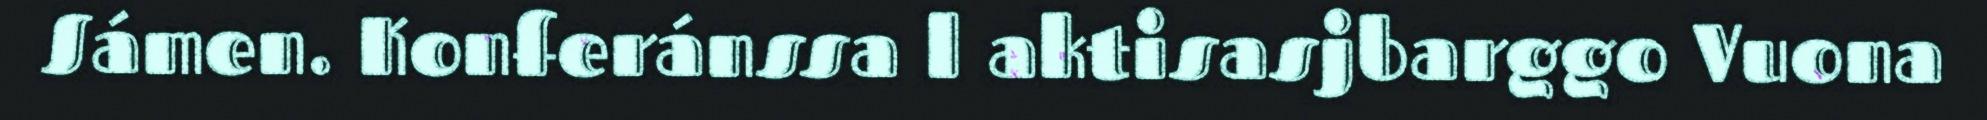
Sámen. Konferánssa l aktisasjbarggo Vuona